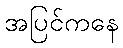
အပြင်ကနေ